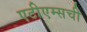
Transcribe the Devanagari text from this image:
एटीएम्सची